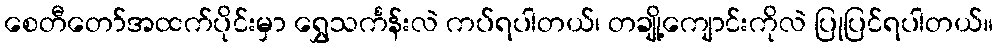
စေတီတော်အထက်ပိုင်းမှာ ရွှေသင်္ကန်းလဲ ကပ်ရပါတယ်၊ တချို့ကျောင်းကိုလဲ ပြုပြင်ရပါတယ်။